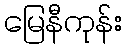
မြေနီကုန်း